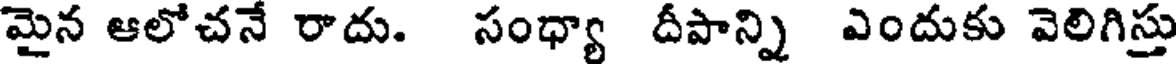
మైన ఆలోచనే రాదు. సంధ్యా దీపాన్ని ఎందుకు వెలిగిస్తు